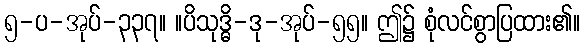
၅-ပ-အုပ်-၃၃၇။ ။ပိသုဒ္ဓိ-ဒု-အုပ်-၅၅။ ဤ၌ စုံလင်စွာပြထား၏။